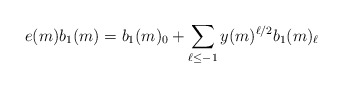
\begin{align*}e(m) b_1(m) = b_1(m)_0 + \sum_{\ell \leq -1} y(m)^{\ell/2} b_1(m)_{\ell}\end{align*}